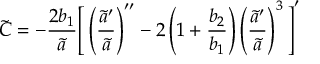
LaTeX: { \widetilde C } = - \frac { 2 b _ { 1 } } { \tilde { a } } \Bigg [ \left( \frac { { \tilde { a } } ^ { \prime } } { { \tilde { a } } } \right) ^ { \prime \prime } - 2 \left( 1 + \frac { b _ { 2 } } { b _ { 1 } } \right) \left( \frac { { \tilde { a } } ^ { \prime } } { { \tilde { a } } } \right) ^ { 3 } \Bigg ] ^ { \prime }